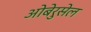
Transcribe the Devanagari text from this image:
ओबेरुसेल